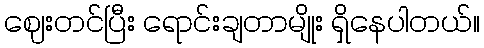
ဈေးတင်ပြီး ရောင်းချတာမျိုး ရှိနေပါတယ်။